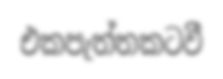
එකපැත්තකටවී